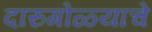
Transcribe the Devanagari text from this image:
दारुगोळ्याचे